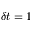
\delta t = 1